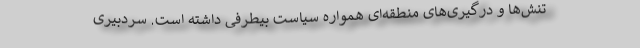
تنش‌ها و درگیری‌های منطقه‌ای همواره سیاست بیطرفی داشته است. سردبیری